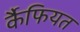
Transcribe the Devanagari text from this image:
र्कैफियत